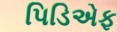
પિડિએફ